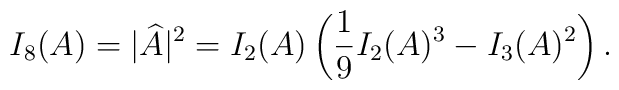
I_8(A) = |\widehat{A}|^2 = I_2(A) \left( \frac{1}{9} I_2(A)^3 - I_3(A)^2 \right).